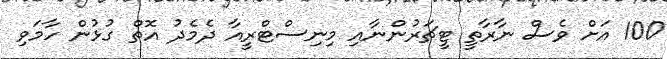
100 އަށް ވެސް ނާރާތީ ޓީޗަރުންނާއި މިނިސްޓްރީއާ ދެމެދު އޮތް ގުޅުން ހާމަވި